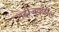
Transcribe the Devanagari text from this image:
नदीजवळील